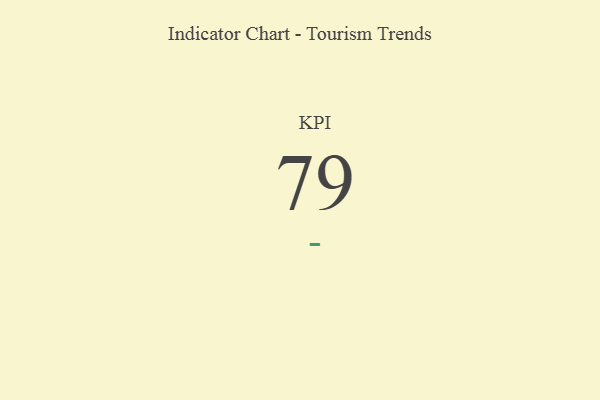
{"axis": {"x": "KPI", "y": "Value"}, "legend": [""], "data": [{"x": "KPI", "y": 79, "type": ""}]}